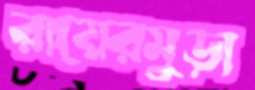
রায়েরমুড়া